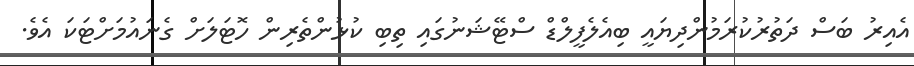
އެއިރު ބަސް ދަތުރުކުރަމުންދިޔައީ ބިއެލެފީލްޑް ސްޓޭޝަނުގައި ތިބި ކުޅުންތެރިން ހޮޓަލަށް ގެނައުމަށްޓަކަ އެވެ.